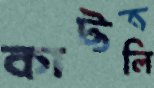
কাট্টলি